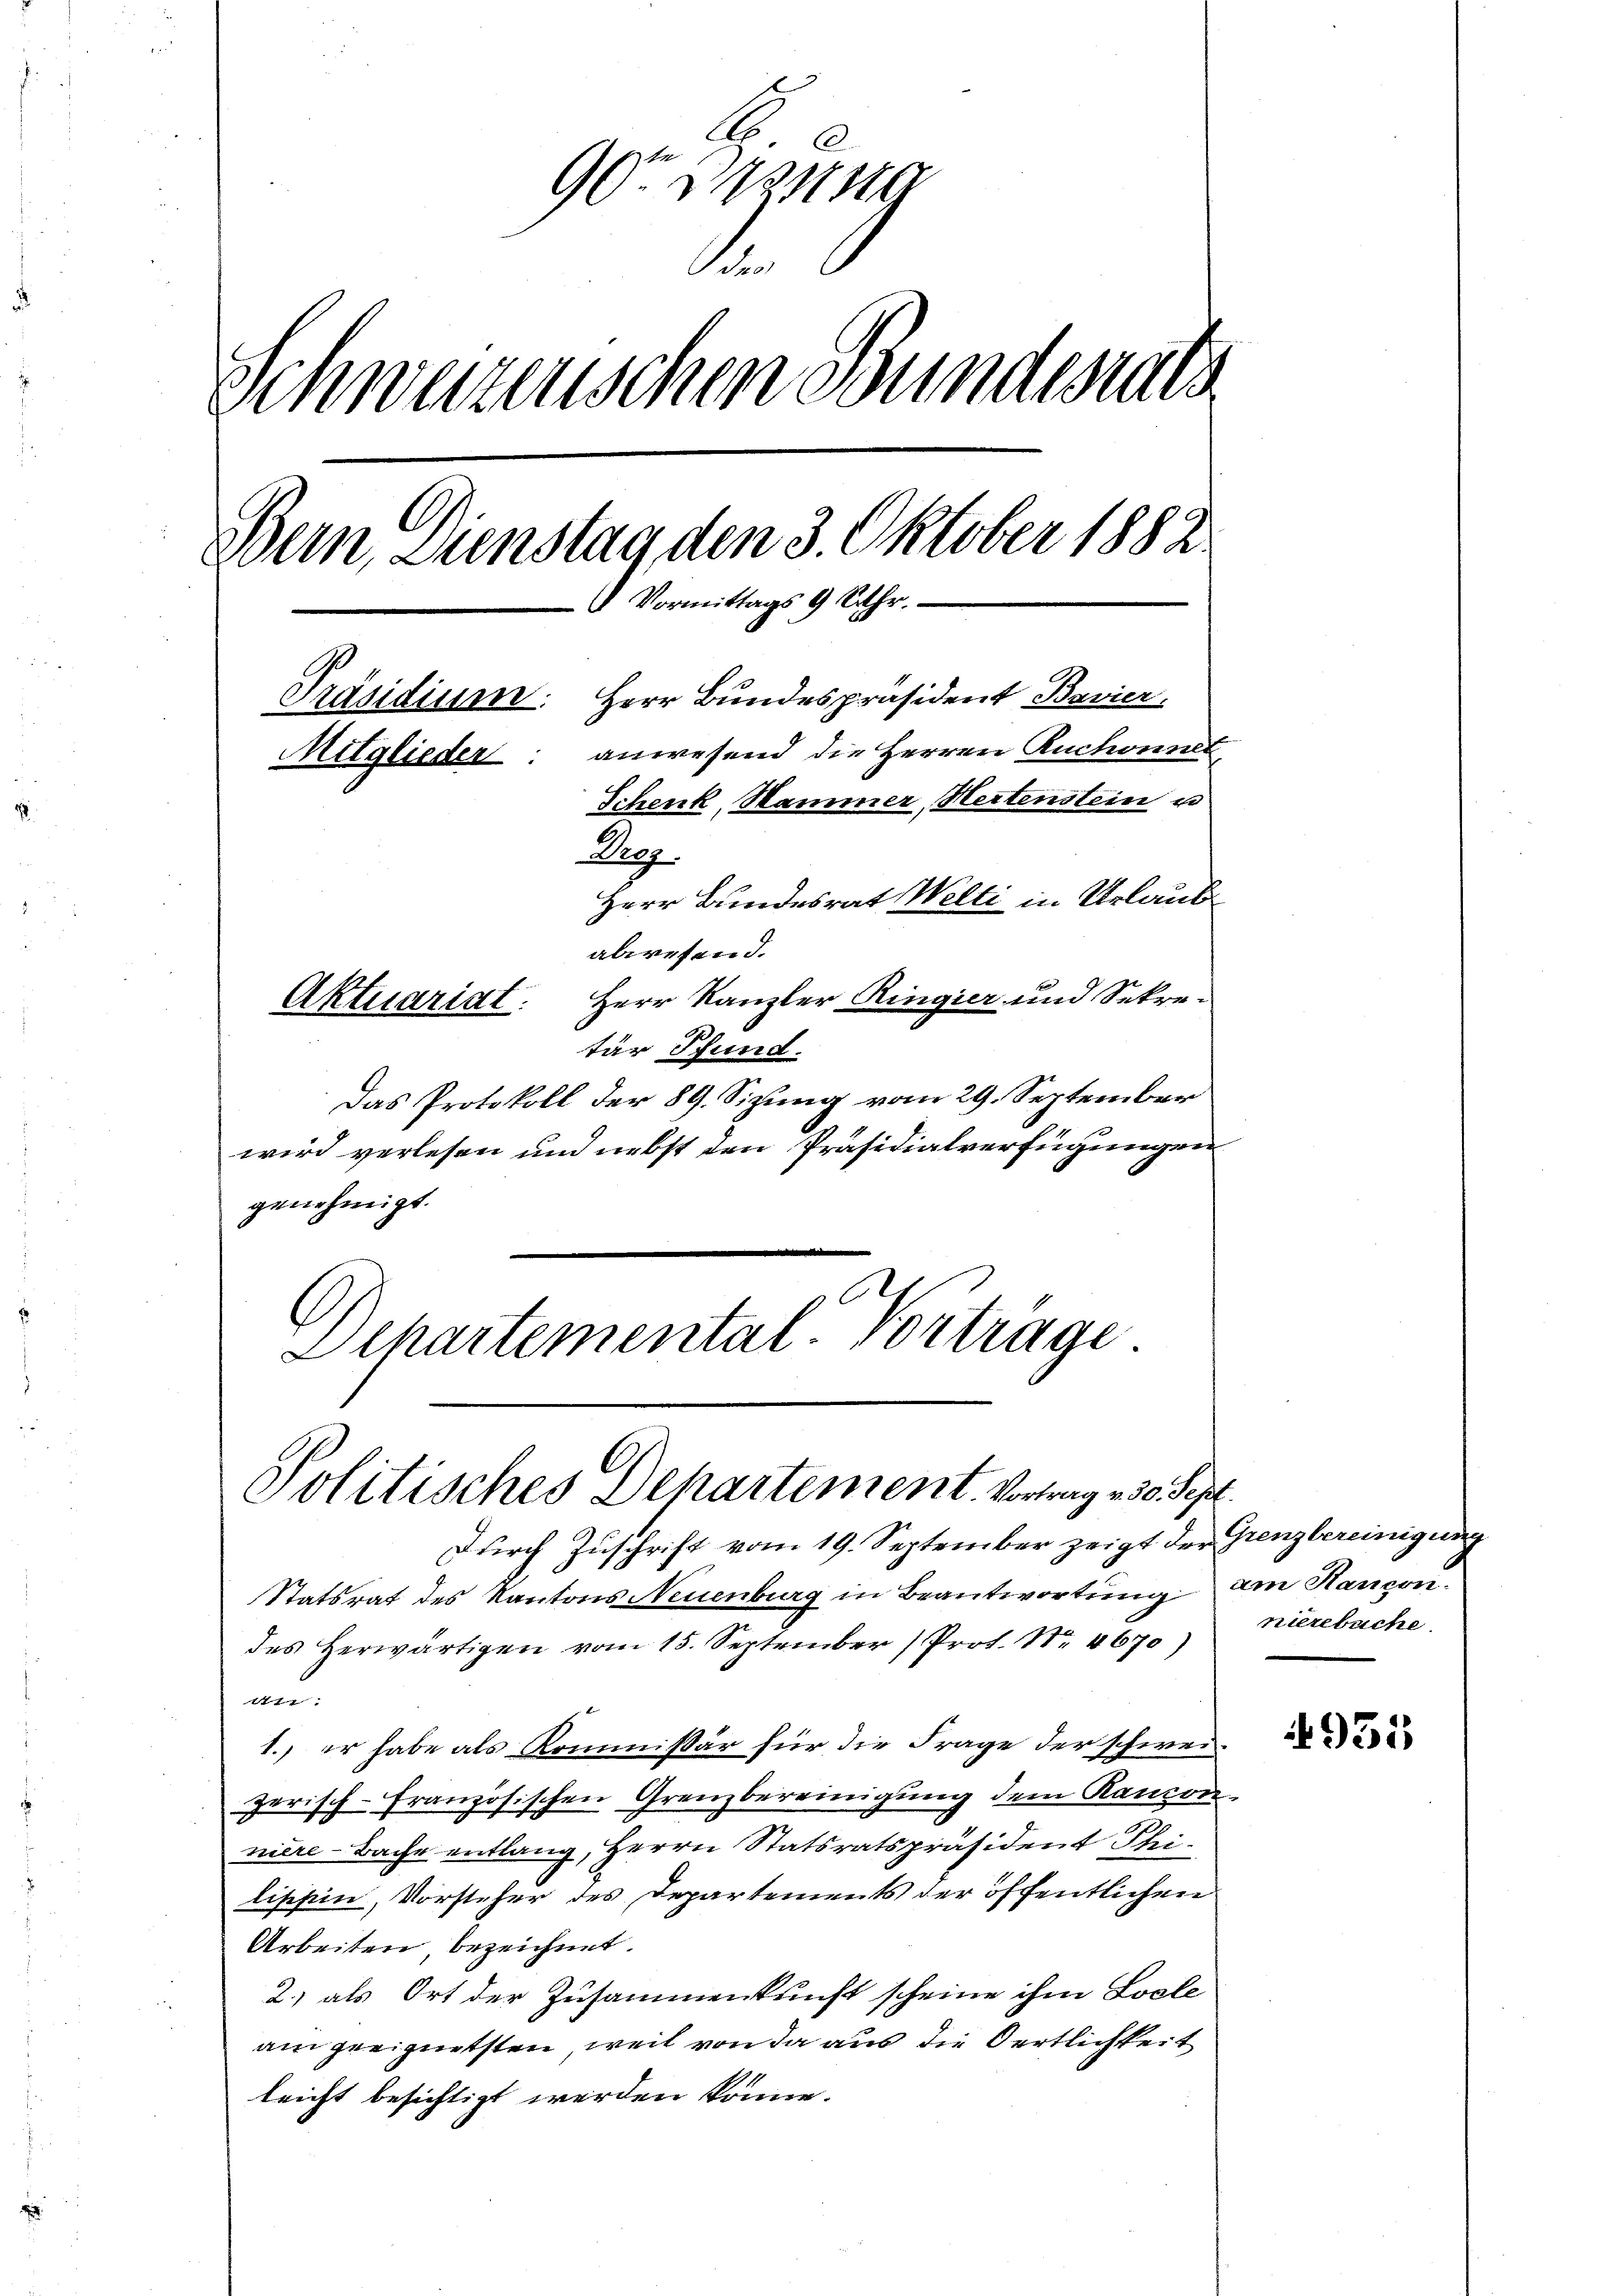
G
90te Massg
1
Schweizerischen Bundesrats
Dein Dienstag den 3. Oktober 1882
 Vormittags 9 Uhr.
Präsidium. Herr Bundespräsident Bavier,
Mitglieder: anwesend die Herren Ruchonnet
Schenk, Hammer, Hertenstein u
Reg.
Herr Bundesrat Welti in Urlaubabwesend.
Aktuariat. Herr Kanzler Ringier und Sekretür Pfund

Das Protokoll der 89. Sizung vom 29. September
wird verlesen und nebst den Präsidialverfügungen
genehmigt.
Dchartemental-Vortrage

Politisches Departement. Vortrag , 30. Sept.

Durch Zuschrift vom 19. September zeigt der Grenzbereinigung
Statsrat des Kantons Neuenburg in Beantwortung am Hancondes Herwärtigen vom 15. September (Prof. Nr. 4670)
au
1. er habe als Kommissär für die Frage der schweizerisch-Französischen Grenzbereinigung dem Kantonnière-Bache entlang, Herrn Statsratspräsident Theilischein, Vorsteher des Departements der öffentlichen
Arbeiten, bezeichnet.
2) als Ort der Zusammenkunft scheine ihm Losle
am geeignetsten, weil von da aus die Oertlichkeit
leicht besichtigt werden könne.

niezebuche

931